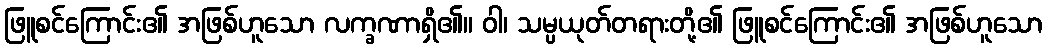
ဖြူစင်ကြောင်း၏ အဖြစ်ဟူသော လက္ခဏာရှိ၏။ ဝါ၊ သမ္ပယုတ်တရားတို့၏ ဖြူစင်ကြောင်း၏ အဖြစ်ဟူသော